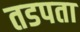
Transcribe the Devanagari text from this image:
तडपता